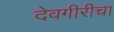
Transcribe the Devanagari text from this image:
देवगीरीचा